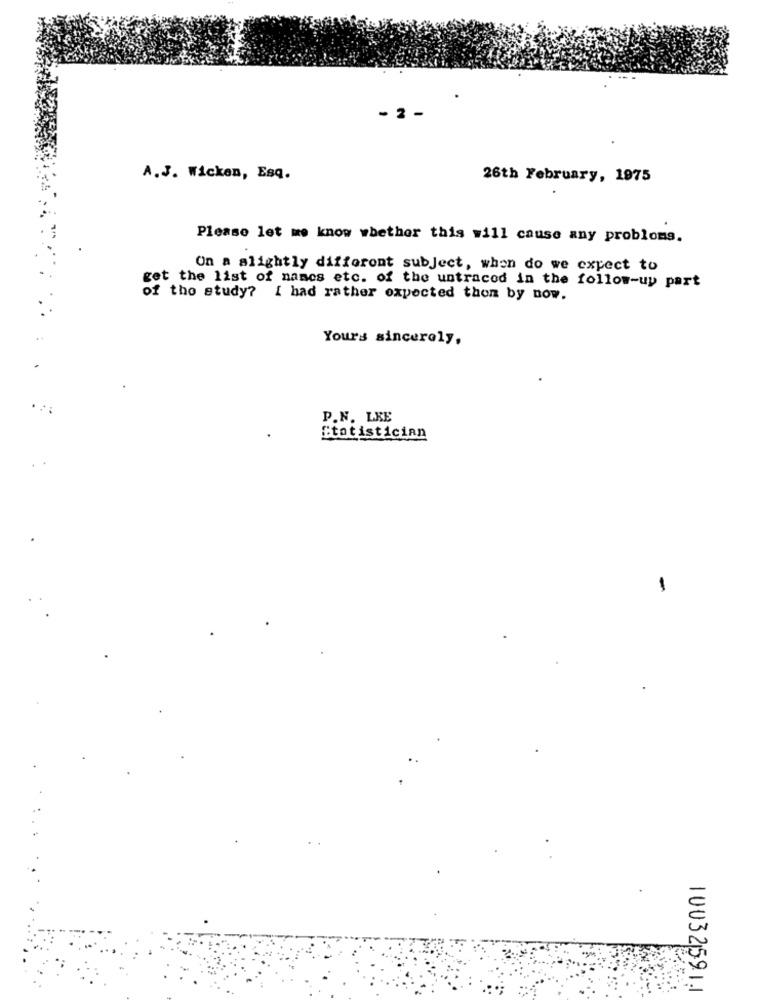
- 2
A. J. Wicken, Esq.
26th February, 1975
Please let me know whether this will cause any probloms.
On a alightly different subject, when do we expect to
get the list of names etc. of the untracod in the follow-up part
of the study? I had rather expected thon by now.
Yours sincerely,
P.N. LKE
.
Statistician
-
10032591.1